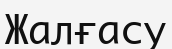
Жалғасу